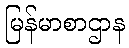
မြန်မာစာဌာန